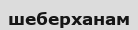
шеберханам